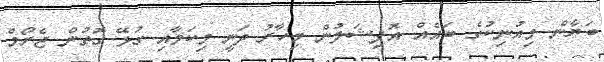
ބަޔާން މިއުނިކުގެ ބައެއް އޮފިޝަލުން މިހާރު ދަނީ މިކަމާއި ގުޅޭ ގޮތުން ޖެރޯމް